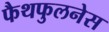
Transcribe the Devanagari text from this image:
फैथफुलनेस